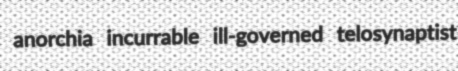
anorchia incurrable ill-governed telosynaptist